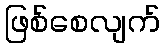
ဖြစ်စေလျက်